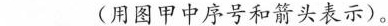
___(用图甲中序号和箭头表示)。